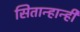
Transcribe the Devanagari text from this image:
सितान्हान्ही